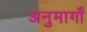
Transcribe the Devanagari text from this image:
अनुमार्गों